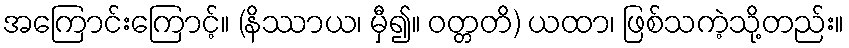
အကြောင်းကြောင့်။ (နိဿာယ၊ မှီ၍။ ဝတ္တတိ) ယထာ၊ ဖြစ်သကဲ့သို့တည်း။